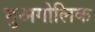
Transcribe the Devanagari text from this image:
भुअगोलिक